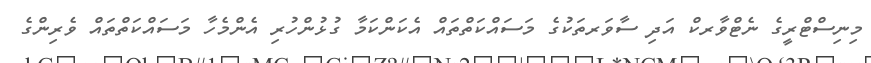
މިނިސްޓްރީގެ ނެޓްވާރކް އަދި ސާވަރތަކުގެ މަސައްކަތްތައް އެކަންކަމާ ގުޅުންހުރި އެންމެހާ މަސައްކަތްތައް ވެރިންގެ